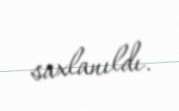
saxlanıldı.